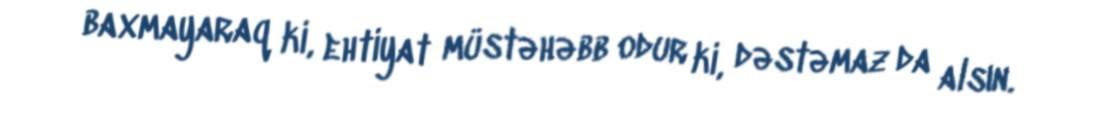
baxmayaraq ki, ehtiyat müstəhəbb odur ki, dəstəmaz da alsın.